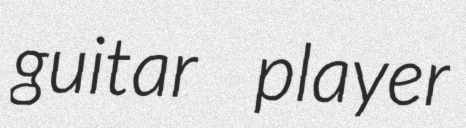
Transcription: guitar player